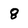
Character: 8